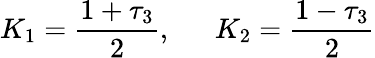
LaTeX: K_{1}=\frac{1+\tau_{3}}{2},~~~~~~K_{2}=\frac{1-\tau_{3}}{2}